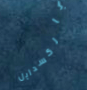
باركسدايل